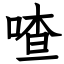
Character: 喳